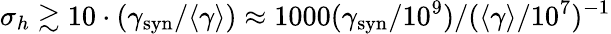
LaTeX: \sigma_{h}\gtrsim 10\cdot\left(\gamma_{\mathrm{syn}}/\langle\gamma\rangle\right)\approx 1000(\gamma_{\mathrm{syn}}/10^{9})/(\langle\gamma\rangle/10^{7})^{-1}